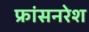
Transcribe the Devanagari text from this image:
फ्रांसनरेश